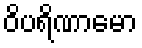
ဝိပရိဏာမော